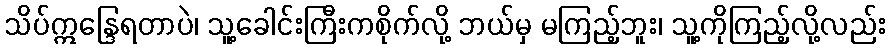
သိပ်ဣန္ဒြေရတာပဲ၊ သူ့ခေါင်းကြီးကစိုက်လို့ ဘယ်မှ မကြည့်ဘူး၊ သူ့ကိုကြည့်လို့လည်း